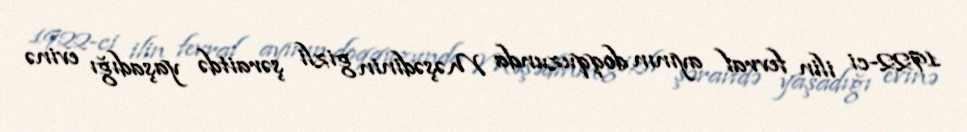
1922-ci ilin fevral ayının doqquzunda Məşədinin gizli şəraitdə yaşadığı evinə